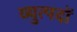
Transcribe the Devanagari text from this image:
व्युत्पदों